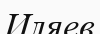
Иляев